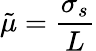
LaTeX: \tilde{\mu}=\frac{\sigma_{s}}{L}